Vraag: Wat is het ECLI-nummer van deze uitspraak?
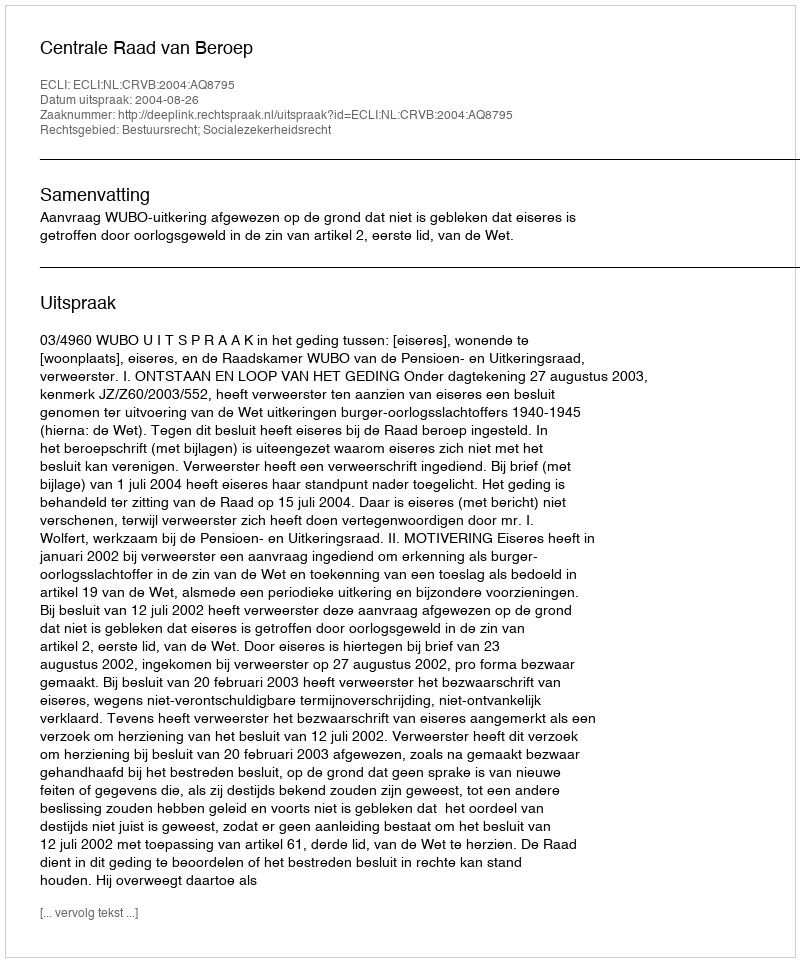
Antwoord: ECLI:NL:CRVB:2004:AQ8795